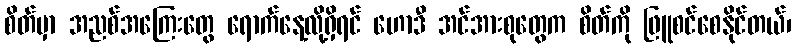
စိတ်မှာ အညစ်အကြေးတွေ ရောက်နေ့လို့ရှိရင် ဟောဒီ အင်အားစုတွေက စိတ်ကို ဖြူစင်စေနိုင်တယ်၊